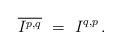
LaTeX: \begin{align*} \overline{I^{p,q}} \ = \ I^{q,p} \,.\end{align*}